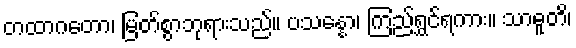
တထာဂတော၊ မြတ်စွာဘုရားသည်။ ပသန္နော၊ ကြည်ရွှင်ရကား။ သာဓူတိ၊